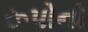
રૂપોનો